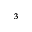
_ 3